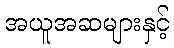
အယူအဆများနှင့်